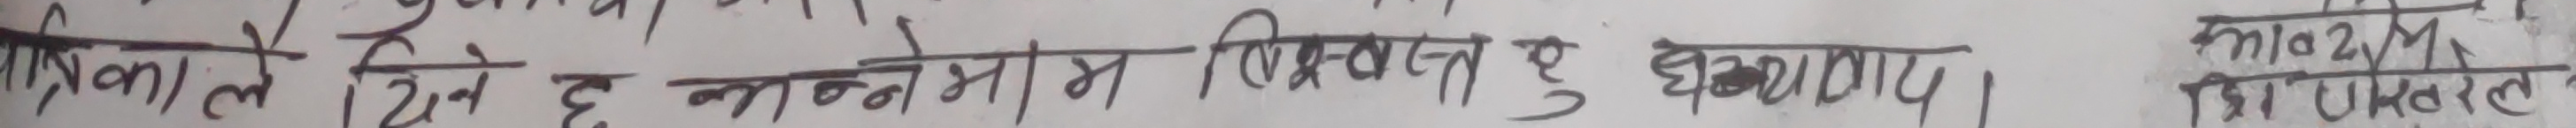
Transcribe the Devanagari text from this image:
पत्रिकाले ह्रने मनोभाव प्रवृत्ता हु घटाए ।
भा०२म
भिमांकल